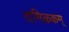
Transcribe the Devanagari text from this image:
तमिऴकम्